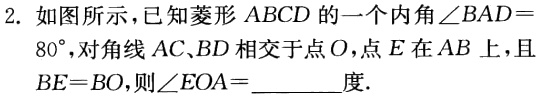
2. 如图所示，已知菱形 \(ABCD\) 的一个内角 \(\angle BAD = 80^{\circ}\)，对角线 \(AC、BD\) 相交于点 \(O\)，点 \(E\) 在 \(AB\) 上，且 \(BE = BO\)，则 \(\angle EOA=\) ________度.